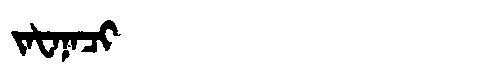
Manchu: ᠵᠠᡶᠠᠨᠠᠴᡳ
Romanization: JAFANACI